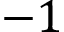
- 1